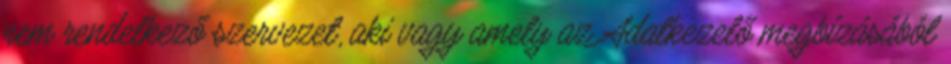
nem rendelkező szervezet, aki vagy amely az Adatkezelő megbízásából